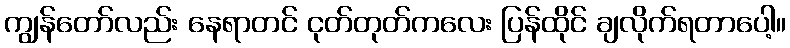
ကျွန်တော်လည်း နေရာတင် ငုတ်တုတ်ကလေး ပြန်ထိုင် ချလိုက်ရတာပေါ့။